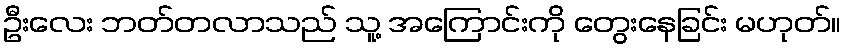
ဦးလေး ဘတ်တလာသည် သူ့ အကြောင်းကို တွေးနေခြင်း မဟုတ်။